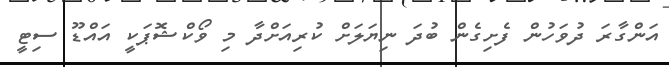
އަންގާރަ ދުވަހުން ފެށިގެން ބުދަ ނިޔަލަށް ކުރިއަށްދާ މި ވޯކްޝޮޕަކީ އައްޑޫ ސިޓީ